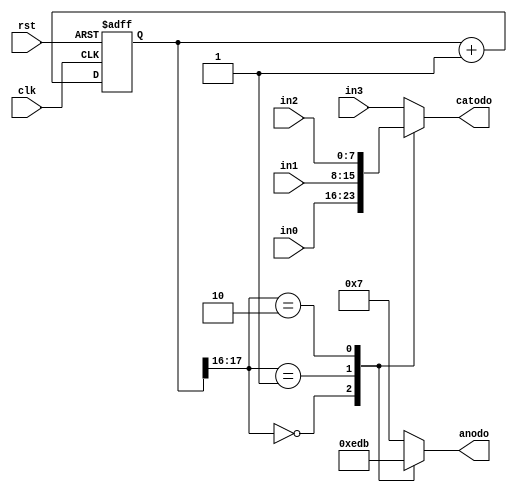
module Control(
   
	input wire clk,rst,
	input [7:0] in3,in2,in1,in0,
	output reg [3:0] anodo,
	output reg [7:0] catodo
    );
	 
	localparam N = 18;
	reg [N-1:0] q_reg;
	wire [N-1:0] q_next;
	
	always @(posedge clk, posedge rst)
	   if (rst)
	    q_reg  <= 0;
	   else 
	    q_reg <= q_next;
	assign q_next = q_reg + 1;
		
	always @(*)
	case (q_reg[N-1:N-2])
	   2'b00: 
		   begin
			  anodo <= 4'b1110;
			  catodo <= in0;
			end 
	   2'b01: 
		   begin
			  anodo <= 4'b1101;
			  catodo <= in1;
			end 
		2'b10: 
		   begin
			  anodo <= 4'b1011;
			  catodo <= in2;
			end 
		default: 
		   begin
			  anodo <= 4'b0111;
			  catodo <= in3;
			end 
	endcase



endmodule